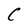
Character: C